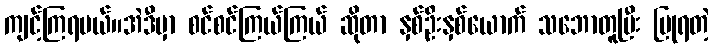
ကျင့်ကြရမယ်။အဲဒီမှာ စင်စင်ကြယ်ကြယ် ဆိုတာ နှစ်ဦးနှစ်ယောက် သဘောတူပြီး ပြုရတဲ့